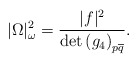
\begin{align*} |\Omega|_\omega^2 = \frac{|f|^2}{\det {(g_4)}_{p\overline{q}}}.\end{align*}